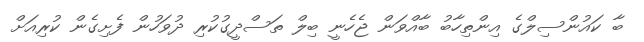
ބާ ކައުންސިލްގެ އިންތިހާބު ބާއްވަން ޖެހެނީ ބިލް ތަސްދީގުކުރި ދުވަހުން ފެށިގެން ކުރިއަށް